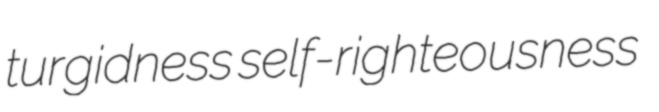
turgidness self-righteousness